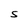
Character: S